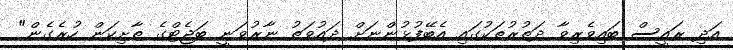
އަދި ރައީސް ބައިވެރިވާ ދަތުރުތަކުގައި އެބޭފުޅުންނަށް ދައުވަތު ނާރުވަނީ ބަޖެޓްގެ ތާށިކަން ހުރެގެން"